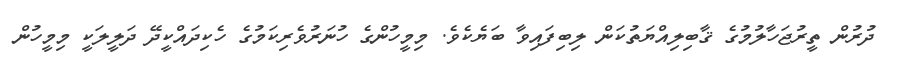
ދުރުން ތީރުޖަހާލުމުގެ ޤާބިލިއްޔަތުކަން ލިބިފައިވާ ބަޔެކެވެ. މިމީހުންގެ ހުނަރުވެރިކަމުގެ ހެކިދައްކީދޭ ދަލީލަކީ މިމީހުން